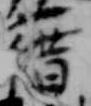
藉